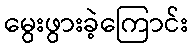
မွေးဖွားခဲ့ကြောင်း